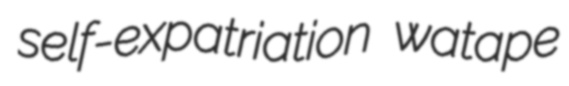
self-expatriation watape